Report on vaccination in Madras 1877-1894 - 1877-1894
Year: 1877
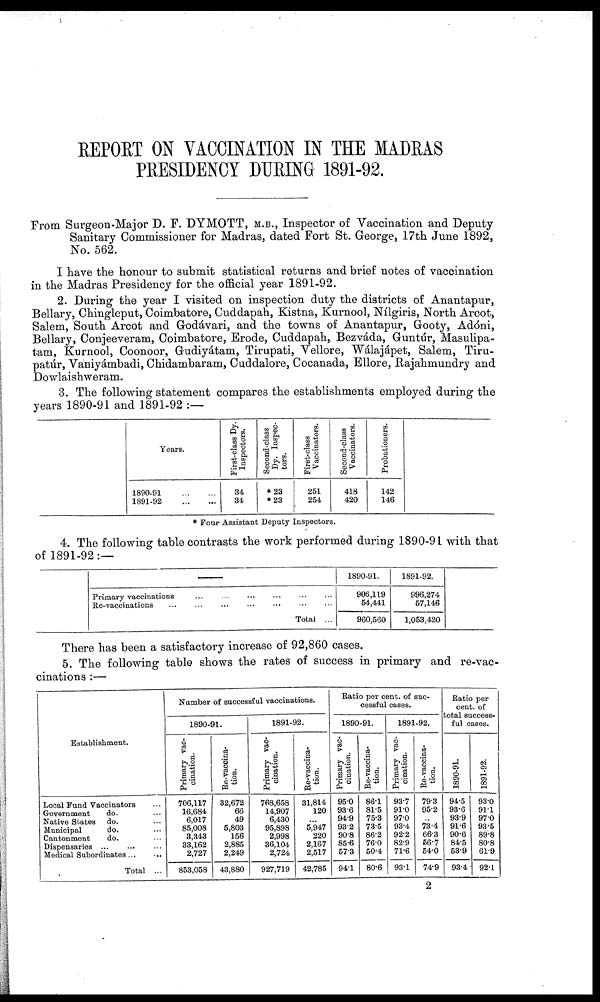
REPORT ON VACCINATION IN THE MADRAS
PRESIDENCY DURING 1891-92.
From Surgeon-Major D. F. DYMOTT, M.B., Inspector of Vaccination and Deputy-
Sanitary Commissioner for Madras, dated Fort St. George, 17th June 1892,
No. 562.
I have the honour to submit statistical returns and brief notes of vaccination
in the Madras Presidency for the official year 1891-92.
2. During the year I visited on inspection duty the districts of Anantapur,
Bellary, Chingleput, Coimbatore, Cuddapah, Kistna, Kurnool, Nílgiris, North Arcot,
Salem, South Arcot and Godávari, and the towns of Anantapur, Gooty, Adóni,
Bellary, Conjeeveram, Coimbatore, Erode, Cuddapah, Bezváda, Guntúr, Masulipa-
tam, Kurnool, Coonoor, Gudiyátam, Tirupati, Vellore, Wálajápet, Salem, Tiru-
patúr, Vaniyámbadi, Chidambaram, Cuddalore, Cocanada, Ellore, Rajahmundry and
Dowlaishweram.
3. The following statement compares the establishments employed during the
years 1890-91 and 1891-92 :—
Years.
1890-91
...
...
1891-92
...
...
First-class Dy.
Inspectors.
34
34
Second-class
Dy. Inspec-
tors.
*23
*23
First-class
Vaccinators.
251
254
Second-class
Vaccinators.
418
420
Probationers.
142
146
* Four Assistant Deputy Inspectors.
4. The following table contrasts the work performed during 1890-91 with that
of 1891-92:—
Primary vaccinations ... ... ... ... ... ...
Re-vaccinations ... ... ... ... ... ... ...
Total ...
1890-91.
906,119
54,441
960,560
1891-92.
996,274
57,146
1,053,420
There has been a satisfactory increase of 92,860 cases.
5. The following table shows the rates of success in primary and re-vac-
cinations :—
Establishment.
Local Fund Vaccinators ...
Government
do. ...
Native States do. ...
Municipal
do. ...
Cantonment
do. ...
Dispensaries ... ... ...
Medical Subordinates ... ...
Total ...
Number of successful vaccinations.
1890-91.
Primary vac-
cination.
706,117
16,684
6,017
85,008
3,343
33,162
2,727
853,058
Re-vaccina-
tion.
32,672
66
49
5,803
156
2,885
2,249
43,880
1891-92.
Primary vac-
cination.
768,658
14,907
6,430
95,898
2,998
36,104
2,724
927,719
Re-vaccina-
tion.
31,814
120
...
5,947
220
2,167
2,517
42,785
Ratio per cent. of suc-
cessful cases.
1890-91.
Primary vac-
cination.
95.0
93.6
94.9
93.2
90.8
85.6
57.3
94.1
Re-vaccina-
tion.
86.1
81.5
75.3
73.5
86.2
76.0
50.4
80.6
1891-92.
Primary vac-
cination.
93.7
91.0
97.0
93.4
92.2
82.9
71.6
93.1
Re-vaccina-
tion.
79.3
95.2
...
73.4
66.3
56.7
54.0
74.9
Ratio per
cent. of
total success-
ful cases.
1890-91.
94.5
93.6
93.9
91.6
90.6
84.5
53.9
93.4
1891-92.
93.0
91.1
97.0
93.5
89.8
80.8
61.9
92.1
2